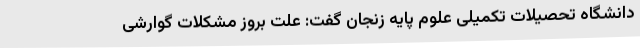
دانشگاه تحصیلات تکمیلی علوم پایه زنجان گفت: علت بروز مشکلات گوارشی